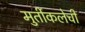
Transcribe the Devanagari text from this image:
मुर्तीकलेची